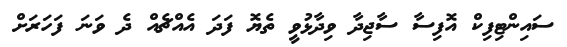
ސައިންޓިފިކް އޮފިސާ ސާޖިދާ ވިދާޅުވީ ތެޔޮ ފަދަ އެއްޗެއް ދެ ވަނަ ފަހަރަށް